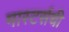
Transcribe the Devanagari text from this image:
मास्टर्सची